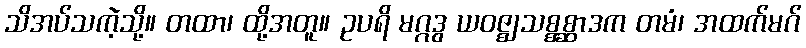
သိအပ်သကဲ့သို့။ တထာ၊ ထို့အတူ။ ဥပရိ မဂ္ဂဒွ ယဝဇ္ဈသစ္စစ္ဆာဒက တမံ၊ အထက်မဂ်